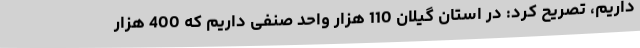
داریم، تصریح کرد: در استان گیلان 110 هزار واحد صنفی داریم که 400 هزار